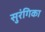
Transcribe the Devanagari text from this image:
सुरंगिका